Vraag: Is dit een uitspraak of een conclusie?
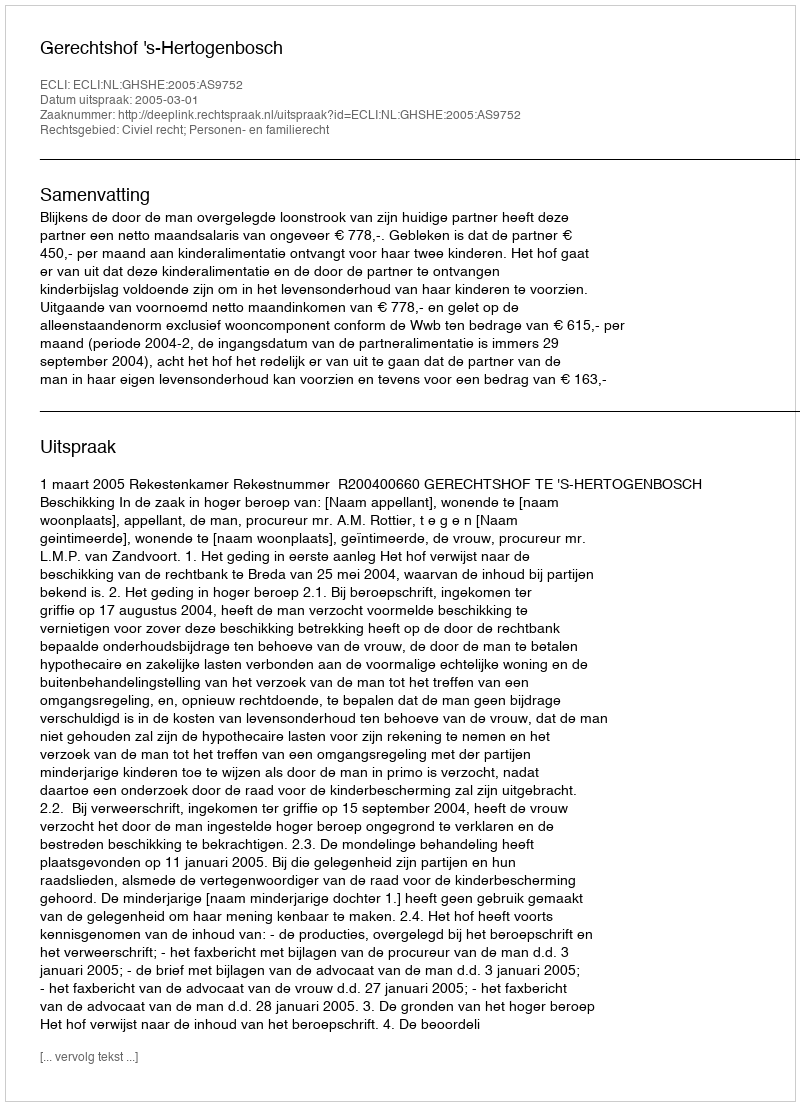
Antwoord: Uitspraak